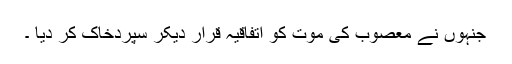
جنہوں نے معصوب کی موت کو اتفاقیہ قرار دیکر سپردخاک کر دیا ۔